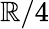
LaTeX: \mathbb{R}/4